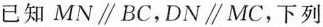
已知MN\parallel BC，DN\parallel MC，下列